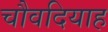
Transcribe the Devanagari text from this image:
चौवदियाह